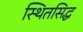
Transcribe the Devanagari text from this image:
स्थितसिद्ध